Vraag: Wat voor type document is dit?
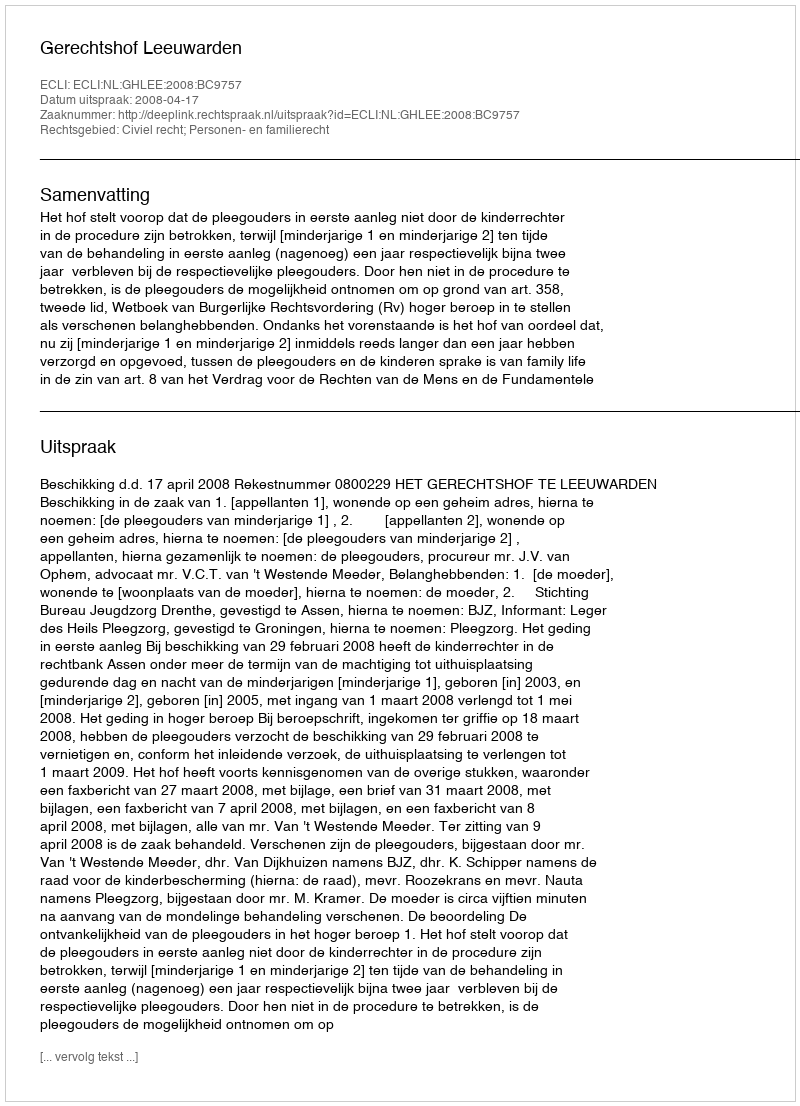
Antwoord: Uitspraak